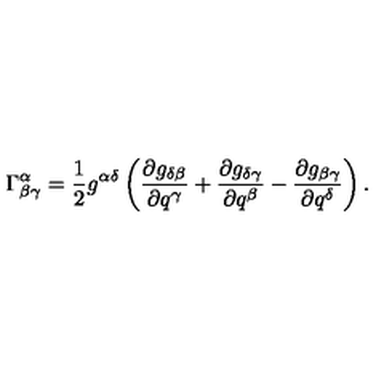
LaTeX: \Gamma _ { \beta \gamma } ^ { \alpha } = \frac 1 2 g ^ { \alpha \delta } \left( \frac { \partial g _ { \delta \beta } } { \partial q ^ { \gamma } } + \frac { \partial g _ { \delta \gamma } } { \partial q ^ { \beta } } - \frac { \partial g _ { \beta \gamma } } { \partial q ^ { \delta } } \right) .